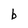
Character: b